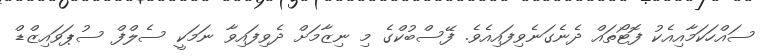
ސައްހަކަމާއިއެކު ފޮޓޯތައް ދެނެގަނެވިފައިއެވެ. ފޭސްބުކްގެ މި ނިޒާމަށް ދެވިފައިވާ ނަމަކީ ސެލްފް ސުޕަވައިޒްޑް